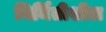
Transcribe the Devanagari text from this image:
निर्मितीशील